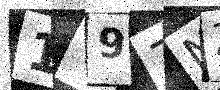
Text: 1Y97NZ